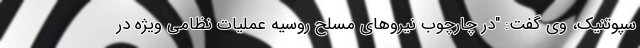
سپوتنیک، وی گفت: "در چارچوب نیروهای مسلح روسیه عملیات نظامی ویژه در